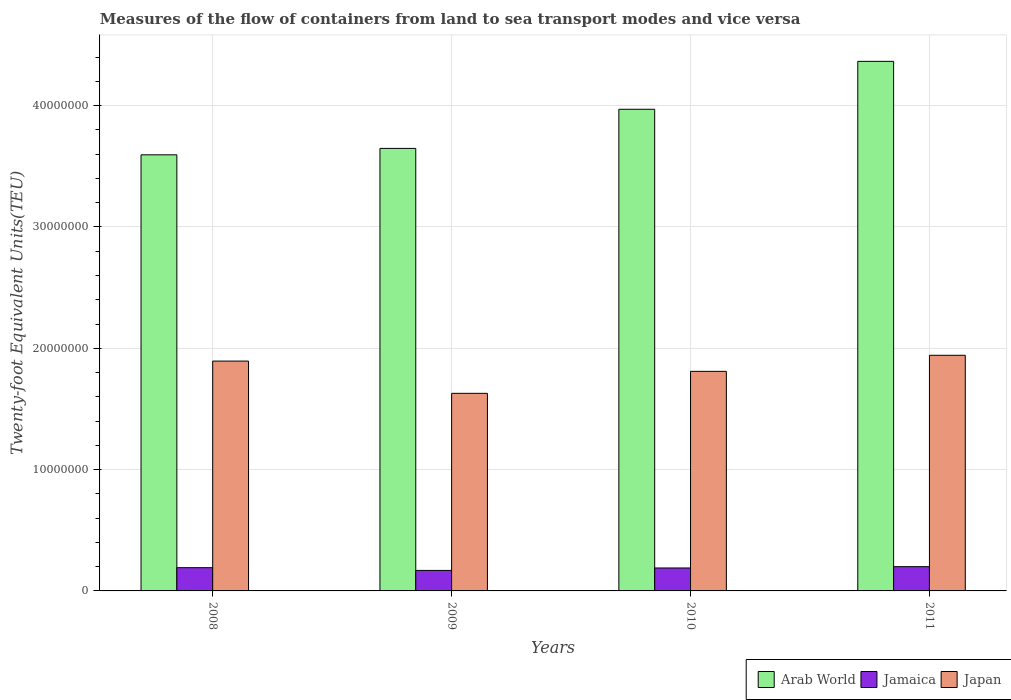
| Years | Arab World | Jamaica | Japan |
 | --- | --- | --- | --- |
 | 2008 | 3.59e+07 | 1.92e+06 | 1.89e+07 |
 | 2009 | 3.65e+07 | 1.69e+06 | 1.63e+07 |
 | 2010 | 3.97e+07 | 1.89e+06 | 1.81e+07 |
 | 2011 | 4.36e+07 | 2e+06 | 1.94e+07 |